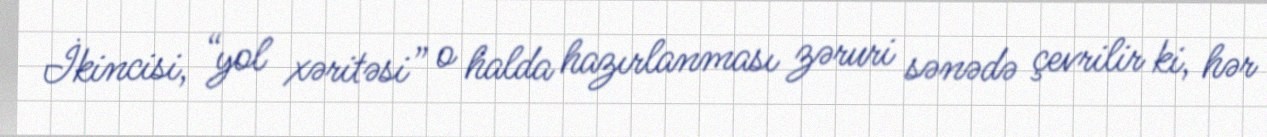
İkincisi, “yol xəritəsi” o halda hazırlanması zəruri sənədə çevrilir ki, hər